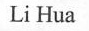
Li Hua